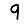
Digit: 9